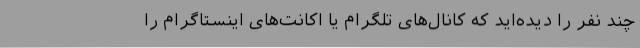
چند نفر را دیده‌اید که کانال‌های تلگرام یا اکانت‌های اینستاگرام را